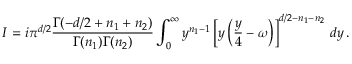
I = i \pi ^ { d / 2 } \frac { \Gamma ( - d / 2 + n _ { 1 } + n _ { 2 } ) } { \Gamma ( n _ { 1 } ) \Gamma ( n _ { 2 } ) } \int _ { 0 } ^ { \infty } y ^ { n _ { 1 } - 1 } \left[ y \left( \frac { y } { 4 } - \omega \right) \right] ^ { d / 2 - n _ { 1 } - n _ { 2 } } \, d y \, .